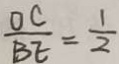
\frac { O C } { B E } = \frac { 1 } { 2 }